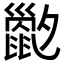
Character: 𡗇